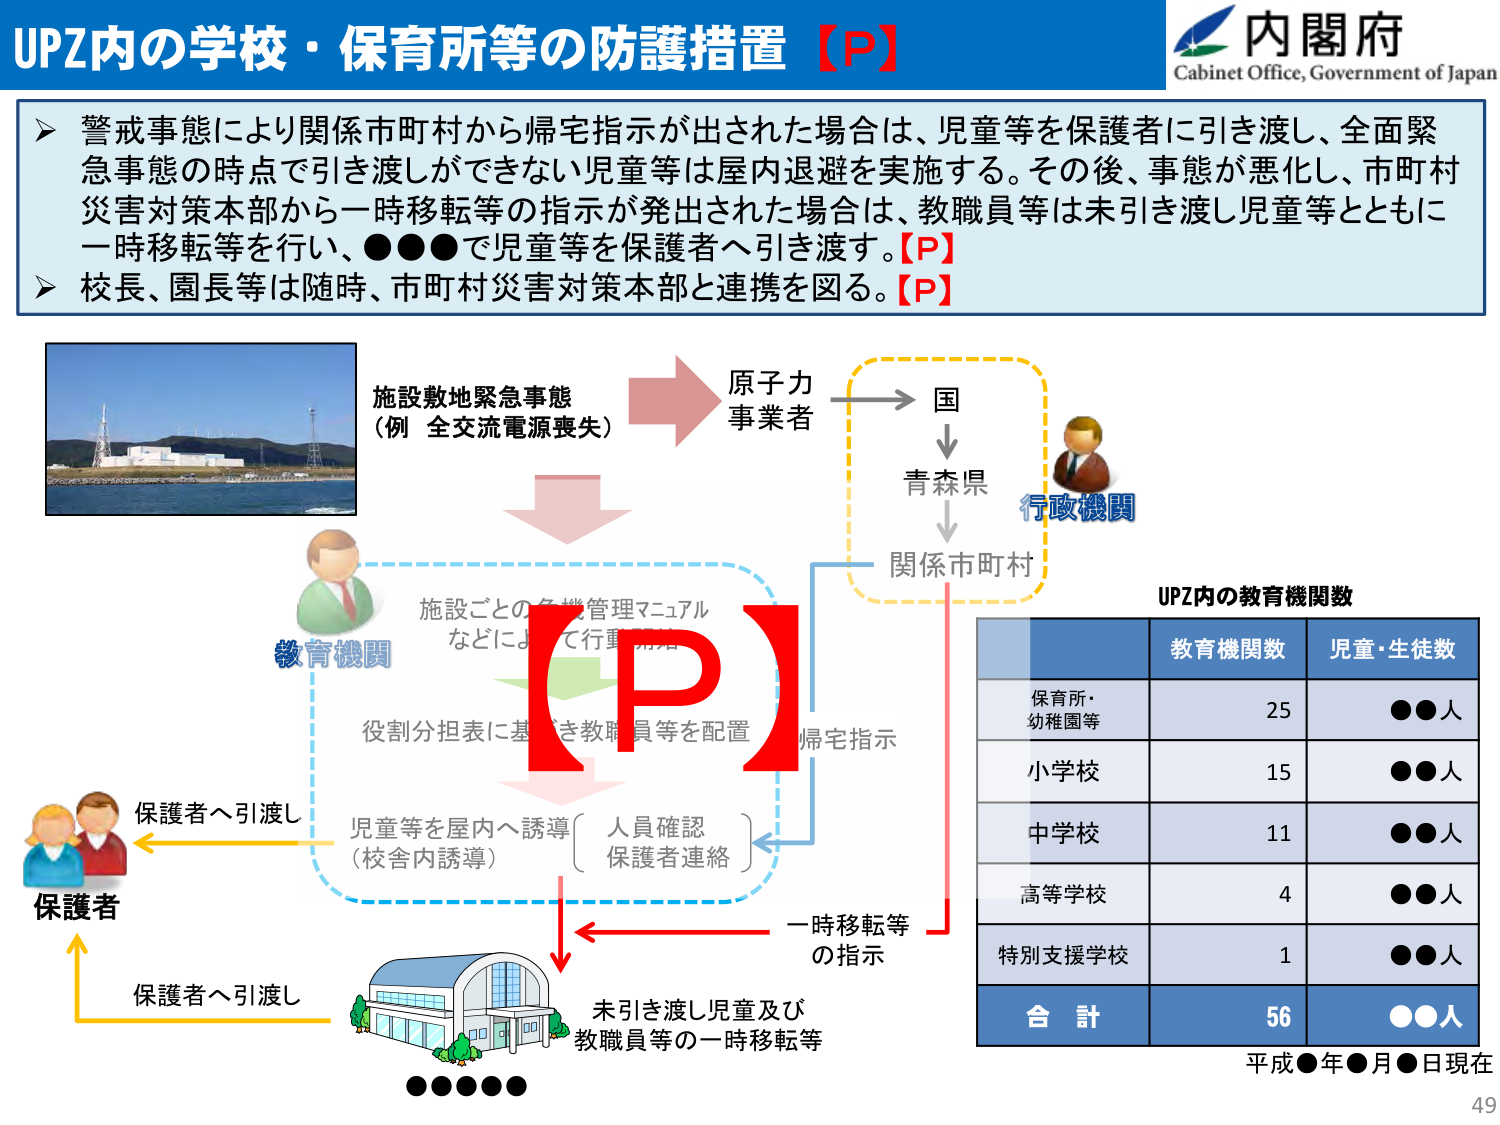
UPZ内の学校・保育所等の防護措置【P】
内閣府
Cabinet Office, Government of Japan
警戒事態により関係市町村から帰宅指示が出された場合は、児童等を保護者に引き渡し、全面緊急事態の時点で引き渡しができない児童等は屋内退避を実施する。その後、事態が悪化し、市町村災害対策本部から一時移転等の指示が発出された場合は、教職員等は未引き渡し児童等とともに一時移転等を行い、●●●で児童等を保護者へ引き渡す。【P】
校長、園長等は随時、市町村災害対策本部と連携を図る。【P】
施設敷地緊急事態
（例 全交流電源喪失）
原子力
事業者
国
青森県
行政機関
関係市町村
教育機関
施設ごとの危機管理マニュアル
などによって行動開始
役割分担表に基づき教職員等を配置
帰宅指示
保護者へ引渡し
児童等を屋内へ誘導
（校舎内誘導）
人員確認
保護者連絡
一時移転等
の指示
保護者
保護者へ引渡し
未引き渡し児童及び
教職員等の一時移転等
UPZ内の教育機関数
教育機関数
児童・生徒数
保育所・
幼稚園等
25
●●人
小学校
15
●●人
中学校
11
●●人
高等学校
4
●●人
特別支援学校
1
●●人
合 計
56
●●人
平成●年●月●日現在
49